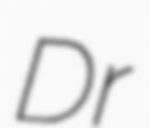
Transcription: Dr